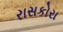
રાસકોરા